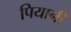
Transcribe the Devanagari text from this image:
पियानी